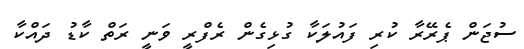
ސުޖަން ޕެރޭރާ ކުރި ފައުލަކާ ގުޅިގެން ރެފްރީ ވަނީ ރަތް ކާޑު ދައްކާ